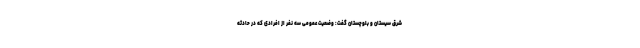
شرق سیستان و بلوچستان گفت: وضعیت عمومی سه نفر از افرادی که در حادثه